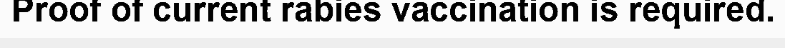
Proof of current rabies vaccination is required.